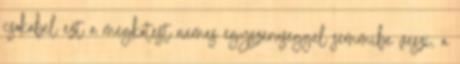
csokabel ezt a megkotest nemes egyszeruseggel semmibe veszi, a